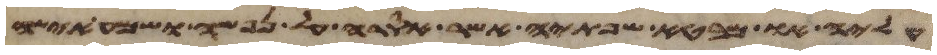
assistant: עליה או מבטא שפתיה אשר אסרה על נפשה ושמע אישה